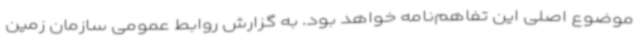
موضوع اصلی این تفاهم‌نامه خواهد بود. به گزارش روابط عمومی سازمان زمین